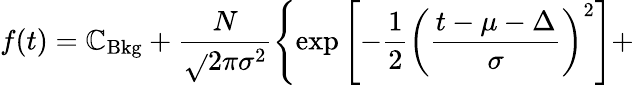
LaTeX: f(t)=\mathbb{C}_{\mathrm{{Bkg}}}+\frac{{N}}{{\sqrt{}{{2\pi\sigma^{2}}}}}\left\{ \exp{\left[-\frac{{1}}{{2}}\left(\frac{{t-\mu-\Delta}}{{\sigma}}\right)^{2}\right]}+\right.